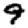
Digit: 9